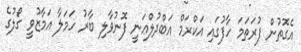
އެގޮތުން ފުރަތަމަ ހާފުގައި އަކްރަމް އަބްދުލްޢަނީ ފޮނުވާލި ބާރު ހަމަލާ އަމާޒުވީ ގޯލުގެ